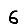
Digit: 6